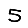
Digit: 5